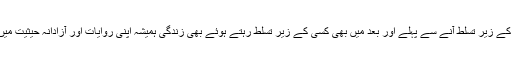
ڈوگروں کے زیر تسلط آنے سے پہلے اور بعد میں بھی کسی کے زیر تسلط رہتے ہوئے بھی زندگی ہمیشہ اپنی روایات اور آزادانہ حیثیت میں گذاری ۔